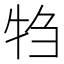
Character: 𬌝